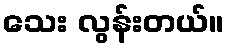
သေး လွန်းတယ်။